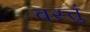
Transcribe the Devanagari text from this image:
वस्तुं